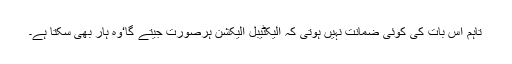
تاہم اس بات کی کوئی ضمانت نہیں ہوتی کہ الیکٹیبل الیکشن ہرصورت جیتے گا‘وہ ہار بھی سکتا ہے۔